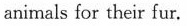
animals for their fur.